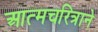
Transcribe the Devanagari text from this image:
आत्मचरित्राने